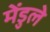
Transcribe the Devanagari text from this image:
मेंडुले